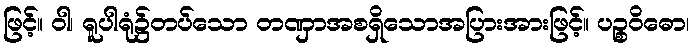
ဖြင့်။ ဝါ၊ ရူပါရုံ၌တပ်သော တဏှာအစရှိသောအပြားအားဖြင့်။ ပဉ္စဝိဓော၊